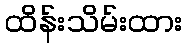
ထိန်းသိမ်းထား